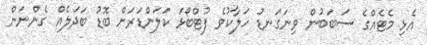
އެޅި މެޓެއްގެ ސަބަބުން ވިނަގަނޑު ހަލާކުވެ ފުޓްބޯޅަ ކަލަންޑަރަށް ބޮޑު ބަދަލެއް ގެންނަން